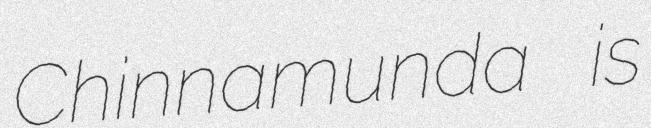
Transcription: Chinnamunda is